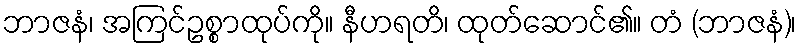
ဘာဇနံ၊ အကြင်ဥစ္စာထုပ်ကို။ နီဟရတိ၊ ထုတ်ဆောင်၏။ တံ (ဘာဇနံ)၊